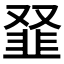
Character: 𩐂